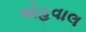
એહવાલ